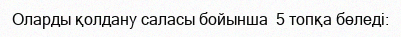
Оларды қолдану саласы бойынша  5 топқа бөледі: